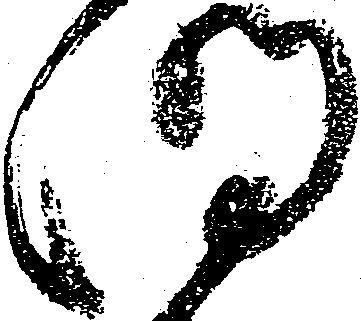
明